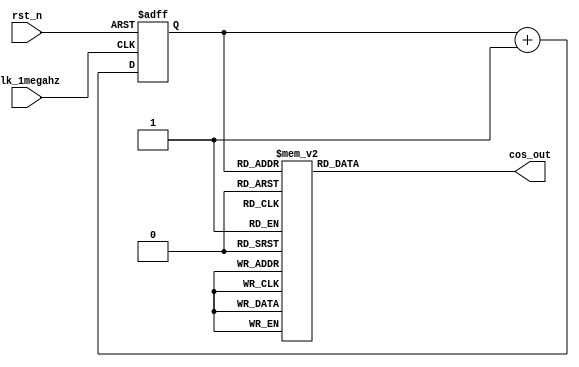
module cos_wave_generator (
  input        clk_1megahz,
  input        rst_n, 
  
  // 5-bit combined cosine output
  output wire signed [4:0] cos_out   
);

// counter
reg [2:0] count; 

// Increment counter
always @(posedge clk_1megahz or negedge rst_n) begin
  if(!rst_n)
    count <= 3'b0;
  else   
    count <= count + 1; 
end

reg [4:0] cos; 

// Cosine lookup table  
always @(*) begin
  case(count)
    3'd0: cos = 5'b00001; // 1.000
    3'd1: cos = 5'b01001; // 0.707        
    3'd2: cos = 5'b00000; // 0.000
    3'd3: cos = 5'b10001; // -0.707
    3'd4: cos = 5'b10000; // -1.000
    3'd5: cos = 5'b10100; // -0.707 
    3'd6: cos = 5'b00000; // 0.000
    3'd7: cos = 5'b01100; // 0.707
    default: cos = 5'b00000;
  endcase
end

assign cos_out = cos;

endmodule